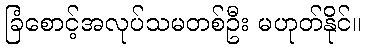
ခြံစောင့်အလုပ်သမတစ်ဦး မဟုတ်နိုင်။